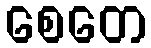
စေတေ